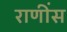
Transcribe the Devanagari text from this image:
राणींस